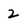
Character: 2